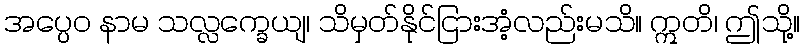
အပ္ပေဝ နာမ သလ္လက္ခေယျ၊ သိမှတ်နိုင်ငြားအံ့လည်းမသိ။ ဣတိ၊ ဤသို့။